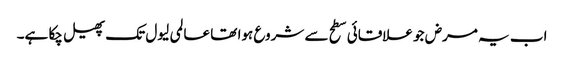
اب یہ مرض جو علاقائی سطح سے شروع ہوا تھا عالمی لیول تک پھیل چکا ہے۔